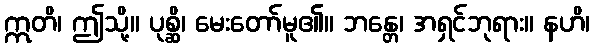
ဣတိ၊ ဤသို့။ ပုစ္ဆိ၊ မေးတော်မူ၏။ ဘန္တေ၊ အရှင်ဘုရား။ နဟိ၊